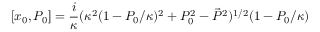
[ x _ { 0 } , P _ { 0 } ] = \frac { i } { \kappa } ( \kappa ^ { 2 } ( 1 - P _ { 0 } / \kappa ) ^ { 2 } + P _ { 0 } ^ { 2 } - \vec { P } ^ { 2 } ) ^ { 1 / 2 } ( 1 - P _ { 0 } / \kappa )